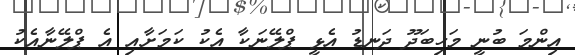
އިންމަ ބުނީ މަހިބަދޫ ދަނޑު އެޅީ ޕްލޭނަކާ އެކު ކަމަށާއި އެ ޕްލޭނާއެކު